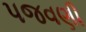
પજવણી